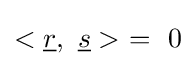
<{\underline {r}},\ {\underline {s}}>\ =\ 0